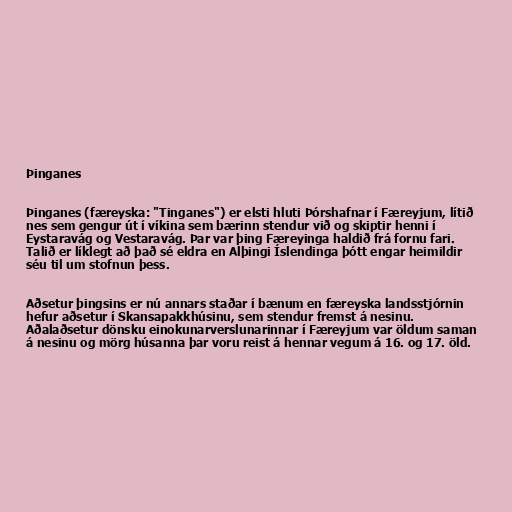
Þinganes

Þinganes (færeyska: "Tinganes") er elsti hluti Þórshafnar í Færeyjum, lítið
nes sem gengur út í víkina sem bærinn stendur við og skiptir henni í
Eystaravág og Vestaravág. Þar var þing Færeyinga haldið frá fornu fari.
Talið er líklegt að það sé eldra en Alþingi Íslendinga þótt engar heimildir
séu til um stofnun þess.

Aðsetur þingsins er nú annars staðar í bænum en færeyska landsstjórnin
hefur aðsetur í Skansapakkhúsinu, sem stendur fremst á nesinu.
Aðalaðsetur dönsku einokunarverslunarinnar í Færeyjum var öldum saman
á nesinu og mörg húsanna þar voru reist á hennar vegum á 16. og 17. öld.